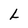
Character: L